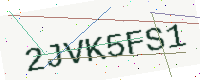
Text: 2JVK5FS1